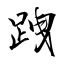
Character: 跩